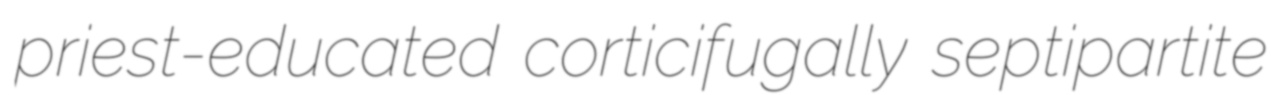
priest-educated corticifugally septipartite